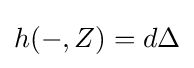
h(-,Z)=d\Delta